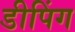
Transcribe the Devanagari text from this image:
डीपिंग